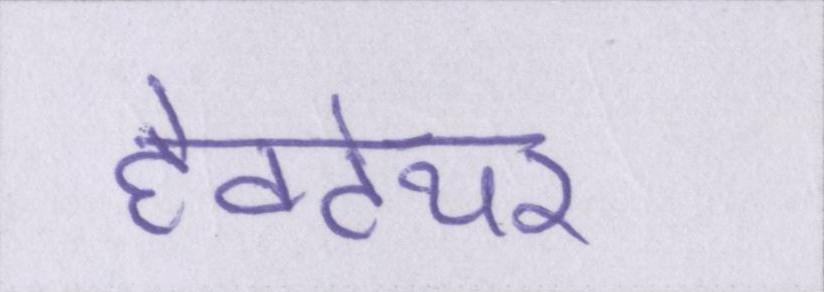
हेक्टेयर